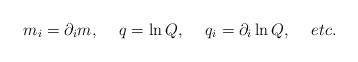
\begin{align*}m_i=\partial_i m , \hspace{0.2in} q= \ln Q ,\hspace{0.2in} q_i=\partial_i\ln Q, \hspace{0.2in} etc.\end{align*}